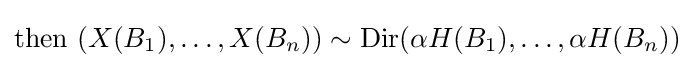
{\text{then }}(X(B_{1}),\dots ,X(B_{n}))\sim \operatorname {Dir} (\alpha H(B_{1}),\dots ,\alpha H(B_{n}))